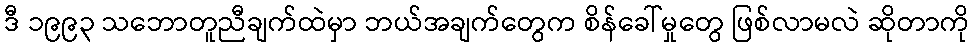
ဒီ ၁၉၉၃ သဘောတူညီချက်ထဲမှာ ဘယ်အချက်တွေက စိန်ခေါ်မှုတွေ ဖြစ်လာမလဲ ဆိုတာကို